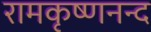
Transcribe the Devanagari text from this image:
रामकृष्णनन्द